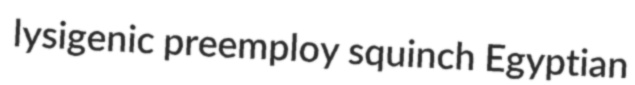
lysigenic preemploy squinch Egyptian